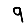
Digit: 9